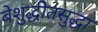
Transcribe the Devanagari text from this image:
बेशुद्धीतसुद्धा